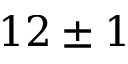
1 2 \pm 1